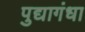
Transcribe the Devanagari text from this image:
पुद्यागंधा